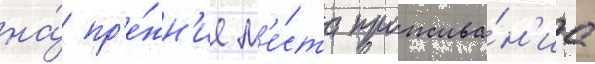
на́ пр'е́жн'ие м'е́ста прожива́н'иа